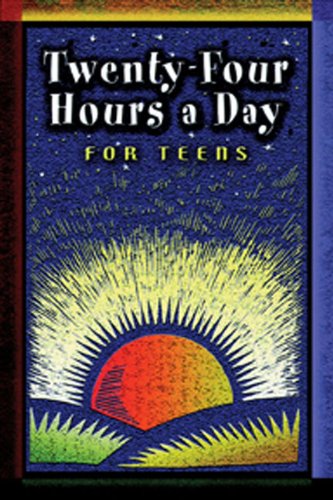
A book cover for Twenty Four Hours a Day for Teens: Daily Meditations; Anonymous; Teen & Young Adult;